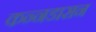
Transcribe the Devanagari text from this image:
कन्नडासन